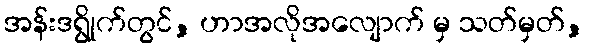
အန်းဒရွိုက်တွင်, ဟာအလိုအလျောက် မှ သတ်မှတ်,